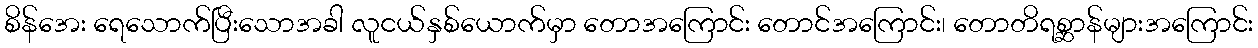
စိန်အေး ရေသောက်ပြီးသောအခါ လူငယ်နှစ်ယောက်မှာ တောအကြောင်း တောင်အကြောင်း၊ တောတိရစ္ဆာန်များအကြောင်း